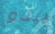
يبدو